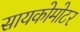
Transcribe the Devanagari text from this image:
सायकोमोटर